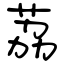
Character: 荔